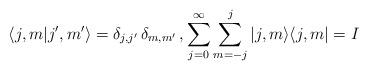
LaTeX: \begin{align*}\langle j,m|j',m'\rangle=\delta_{j,j'}\,\delta_{m,m'}\,,\sum_{j=0}^{\infty}\sum_{m=-j}^{j} |j,m\rangle\langle j,m|=I\end{align*}